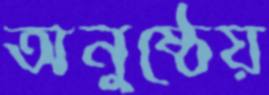
অনুষ্ঠেয়